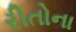
રીતોના